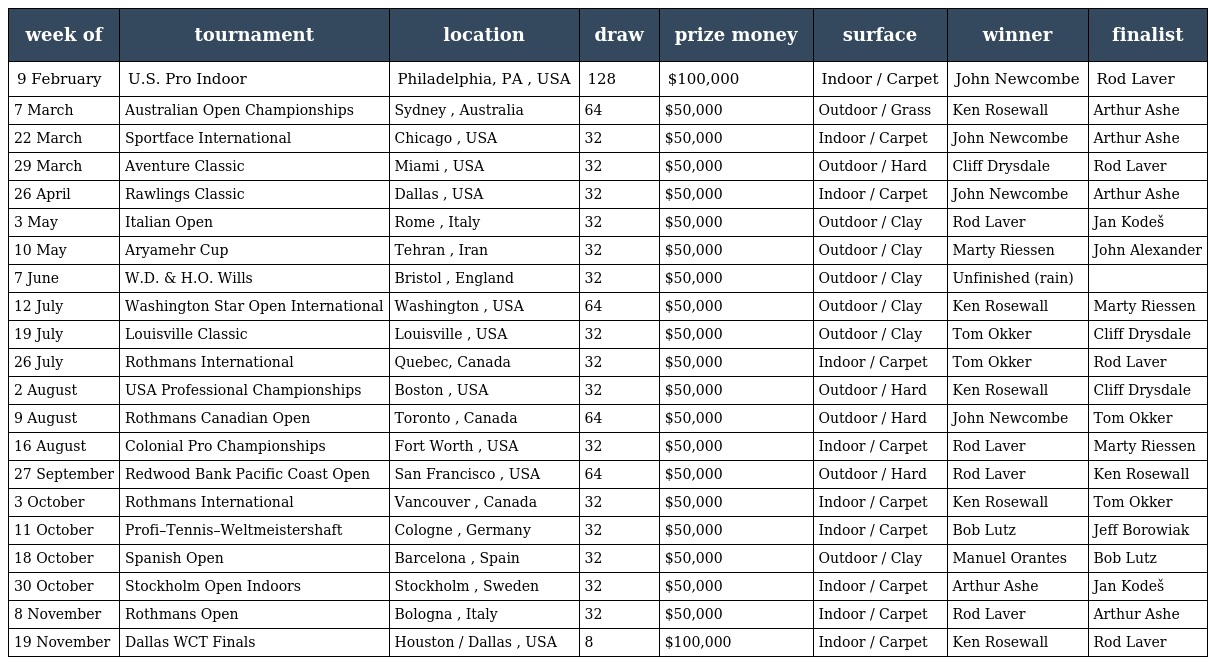
| week of | tournament | location | draw | prize money | surface | winner | finalist |
 | --- | --- | --- | --- | --- | --- | --- | --- |
 | 9 February | U.S. Pro Indoor | Philadelphia, PA , USA | 128 | $100,000 | Indoor / Carpet | John Newcombe | Rod Laver |
 | 7 March | Australian Open Championships | Sydney , Australia | 64 | $50,000 | Outdoor / Grass | Ken Rosewall | Arthur Ashe |
 | 22 March | Sportface International | Chicago , USA | 32 | $50,000 | Indoor / Carpet | John Newcombe | Arthur Ashe |
 | 29 March | Aventure Classic | Miami , USA | 32 | $50,000 | Outdoor / Hard | Cliff Drysdale | Rod Laver |
 | 26 April | Rawlings Classic | Dallas , USA | 32 | $50,000 | Indoor / Carpet | John Newcombe | Arthur Ashe |
 | 3 May | Italian Open | Rome , Italy | 32 | $50,000 | Outdoor / Clay | Rod Laver | Jan Kodeš |
 | 10 May | Aryamehr Cup | Tehran , Iran | 32 | $50,000 | Outdoor / Clay | Marty Riessen | John Alexander |
 | 7 June | W.D. & H.O. Wills | Bristol , England | 32 | $50,000 | Outdoor / Clay | Unfinished (rain) |  |
 | 12 July | Washington Star Open International | Washington , USA | 64 | $50,000 | Outdoor / Clay | Ken Rosewall | Marty Riessen |
 | 19 July | Louisville Classic | Louisville , USA | 32 | $50,000 | Outdoor / Clay | Tom Okker | Cliff Drysdale |
 | 26 July | Rothmans International | Quebec, Canada | 32 | $50,000 | Indoor / Carpet | Tom Okker | Rod Laver |
 | 2 August | USA Professional Championships | Boston , USA | 32 | $50,000 | Outdoor / Hard | Ken Rosewall | Cliff Drysdale |
 | 9 August | Rothmans Canadian Open | Toronto , Canada | 64 | $50,000 | Outdoor / Hard | John Newcombe | Tom Okker |
 | 16 August | Colonial Pro Championships | Fort Worth , USA | 32 | $50,000 | Indoor / Carpet | Rod Laver | Marty Riessen |
 | 27 September | Redwood Bank Pacific Coast Open | San Francisco , USA | 64 | $50,000 | Outdoor / Hard | Rod Laver | Ken Rosewall |
 | 3 October | Rothmans International | Vancouver , Canada | 32 | $50,000 | Indoor / Carpet | Ken Rosewall | Tom Okker |
 | 11 October | Profi–Tennis–Weltmeistershaft | Cologne , Germany | 32 | $50,000 | Indoor / Carpet | Bob Lutz | Jeff Borowiak |
 | 18 October | Spanish Open | Barcelona , Spain | 32 | $50,000 | Outdoor / Clay | Manuel Orantes | Bob Lutz |
 | 30 October | Stockholm Open Indoors | Stockholm , Sweden | 32 | $50,000 | Indoor / Carpet | Arthur Ashe | Jan Kodeš |
 | 8 November | Rothmans Open | Bologna , Italy | 32 | $50,000 | Indoor / Carpet | Rod Laver | Arthur Ashe |
 | 19 November | Dallas WCT Finals | Houston / Dallas , USA | 8 | $100,000 | Indoor / Carpet | Ken Rosewall | Rod Laver |